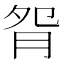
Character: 𦙵